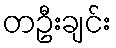
တဦးချင်း